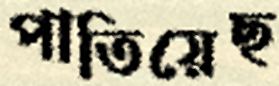
পাতিয়েছ